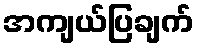
အကျယ်ပြချက်